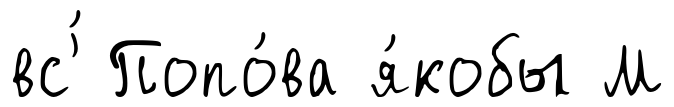
вс'́ Попо́ва я́кобы М